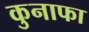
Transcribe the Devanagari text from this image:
कुनाफा